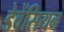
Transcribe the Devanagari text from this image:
डेवेंसियन